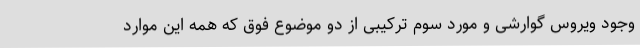
وجود ویروس گوارشی و مورد سوم ترکیبی از دو موضوع فوق که همه این موارد